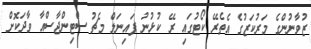
ޒުވާނުންގެ މަރުކަޒުގެ އެތެރޭ ކޯޓުގައި ރޭ ކުޅުނު ފައިނަލް މެޗު ސްޓިންޖާސްއާ ވާދަކޮށް